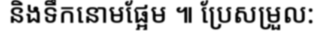
និងទឹកនោមផ្អែម ៕ ប្រែសម្រួល: